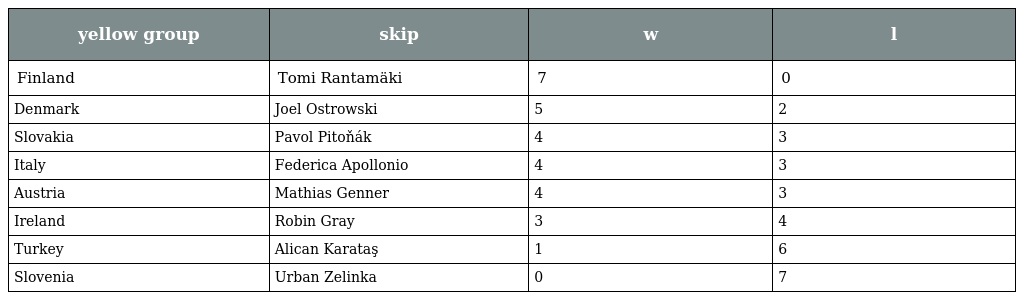
| yellow group | skip | w | l |
 | --- | --- | --- | --- |
 | Finland | Tomi Rantamäki | 7 | 0 |
 | Denmark | Joel Ostrowski | 5 | 2 |
 | Slovakia | Pavol Pitoňák | 4 | 3 |
 | Italy | Federica Apollonio | 4 | 3 |
 | Austria | Mathias Genner | 4 | 3 |
 | Ireland | Robin Gray | 3 | 4 |
 | Turkey | Alican Karataş | 1 | 6 |
 | Slovenia | Urban Zelinka | 0 | 7 |